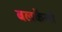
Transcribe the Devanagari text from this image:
बलकैनो